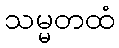
သမ္မတထံ